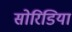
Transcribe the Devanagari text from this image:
सोरिडिया